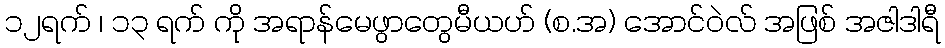
၁၂ရက် ၊ ၁၃ ရက် ကို အရာန်မေဖွာတွေမီယဟ် (စ.အ) အောင်ဝဲလ် အဖြစ် အဇါဒါရီ